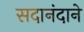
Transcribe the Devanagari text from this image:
सदानंदाने